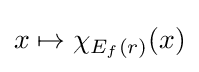
x\mapsto \chi _{E_{f}(r)}(x)